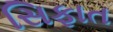
સિફાત